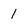
Character: 1